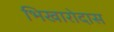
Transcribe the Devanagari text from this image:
भिखारोदास